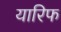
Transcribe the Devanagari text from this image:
यारिफ